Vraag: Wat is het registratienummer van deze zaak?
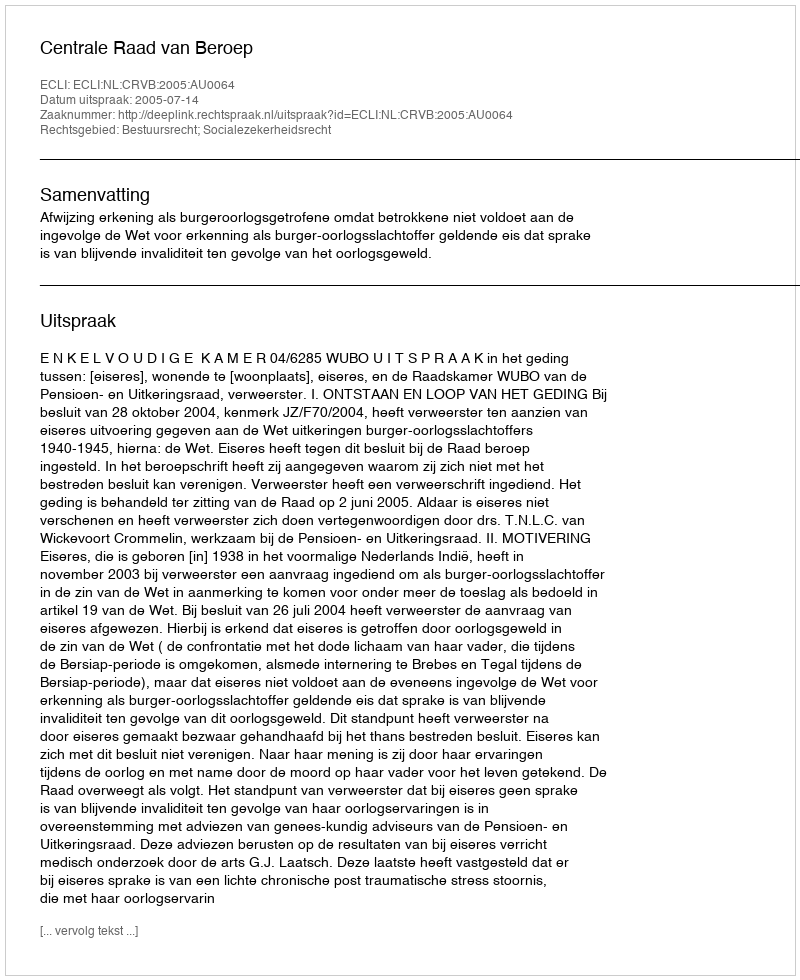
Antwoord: http://deeplink.rechtspraak.nl/uitspraak?id=ECLI:NL:CRVB:2005:AU0064